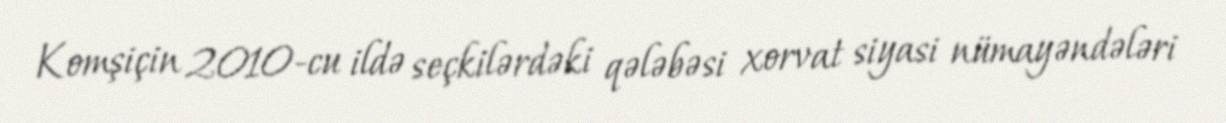
Komşiçin 2010-cu ildə seçkilərdəki qələbəsi xorvat siyasi nümayəndələri